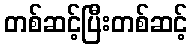
တစ်ဆင့်ပြီးတစ်ဆင့်